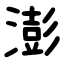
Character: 澎